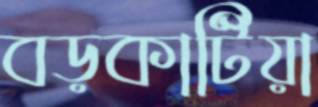
বড়কাটিয়া